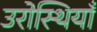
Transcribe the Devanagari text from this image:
उरोस्थियाँ